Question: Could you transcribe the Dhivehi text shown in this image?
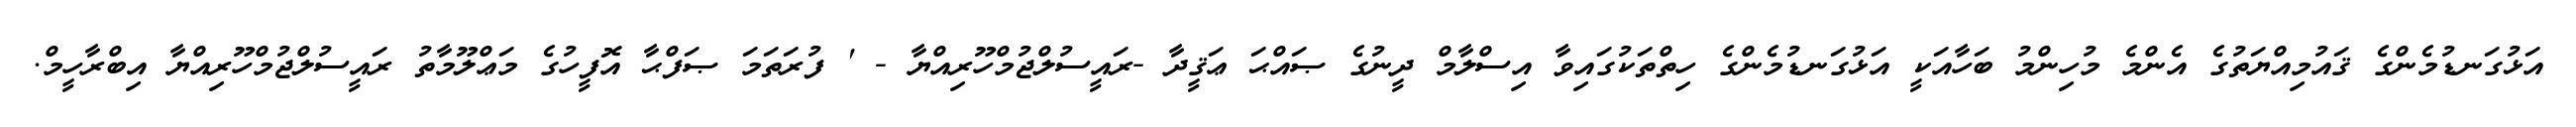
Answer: އަޅުގަނޑުމެންގެ ޤައުމިއްޔަތުގެ އެންމެ މުހިންމު ބަހާއަކީ އަޅުގަނޑުމެންގެ ހިތްތަކުގައިވާ އިސްލާމް ދީނުގެ ޞައްޙަ ޢަޤީދާ -ރައީސުލްޖުމްހޫރިއްޔާ - ' ފުރަތަމަ ޞަފްޙާ އޮފީހުގެ މަޢްލޫމާތު ރައީސުލްޖުމްހޫރިއްޔާ އިބްރާހީމް.